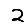
Digit: 2